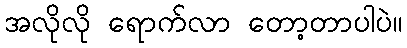
အလိုလို ရောက်လာ တော့တာပါပဲ။